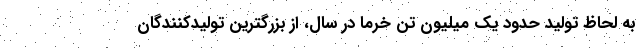
به لحاظ تولید حدود یک میلیون تن خرما در سال، از بزرگترین تولیدکنندگان